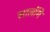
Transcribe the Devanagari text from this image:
सालोंमे